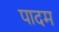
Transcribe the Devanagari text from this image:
पादम